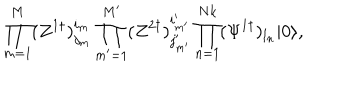
\prod _ { m = 1 } ^ { M } ( Z ^ { 1 \dagger } ) _ { j _ { m } } ^ { i _ { m } } \prod _ { m ^ { \prime } = 1 } ^ { M ^ { \prime } } ( Z ^ { 2 \dagger } ) _ { j _ { m ^ { \prime } } ^ { \prime } } ^ { i _ { m ^ { \prime } } ^ { \prime } } \prod _ { n = 1 } ^ { N k } ( \Psi ^ { 1 \dagger } ) _ { l _ { n } } | 0 \rangle ,